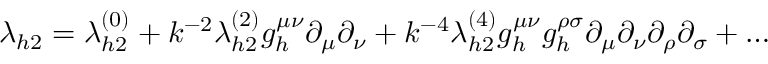
\lambda _ { h 2 } = \lambda _ { h 2 } ^ { ( 0 ) } + k ^ { - 2 } \lambda _ { h 2 } ^ { ( 2 ) } g _ { h } ^ { \mu \nu } \partial _ { \mu } \partial _ { \nu } + k ^ { - 4 } \lambda _ { h 2 } ^ { ( 4 ) } g _ { h } ^ { \mu \nu } g _ { h } ^ { \rho \sigma } \partial _ { \mu } \partial _ { \nu } \partial _ { \rho } \partial _ { \sigma } + \ldots